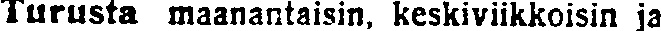
Turusta maanantaisin, keskiviikkoisin ja